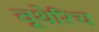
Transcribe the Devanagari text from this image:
वूथेरिच